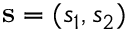
\mathbf { s } = ( s _ { 1 } , s _ { 2 } )